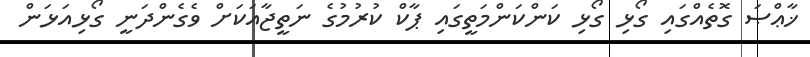
ޚާޢްޞަ ގޮތެއްގައި ގޯޅި ގޯޅި ކަންކަންމަތީގައި ޕާކް ކުރުމުގެ ނަތީޖާއަކަށް ވެގެންދަނީ ގޯޅިއަޅަން